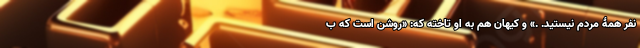
نفر همۀ مردم نیستید. .» و کیهان هم به او تاخته که: «روشن است که ب